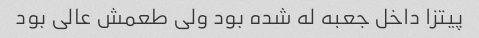
پیتزا داخل جعبه له شده بود ولی طعمش عالی بود